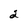
Character: 2